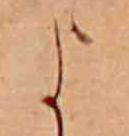
よ